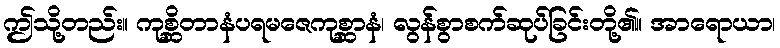
ဤသို့တည်း။ ကုစ္ဆိတာနံပရမဇေကုစ္ဆာနံ၊ လွန်စွာစက်ဆုပ်ခြင်းတို့၏။ အာရောယာ၊